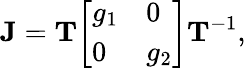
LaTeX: \mathbf{J}=\mathbf{T}{\left[\begin{array}{ll}{g_{1}}&{0}\\ {0}&{g_{2}}\end{array}\right]}\mathbf{T}^{-1},